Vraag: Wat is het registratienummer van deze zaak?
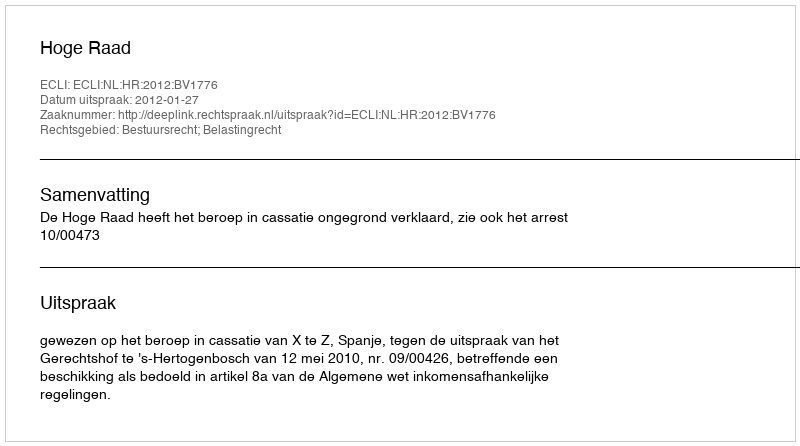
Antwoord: http://deeplink.rechtspraak.nl/uitspraak?id=ECLI:NL:HR:2012:BV1776